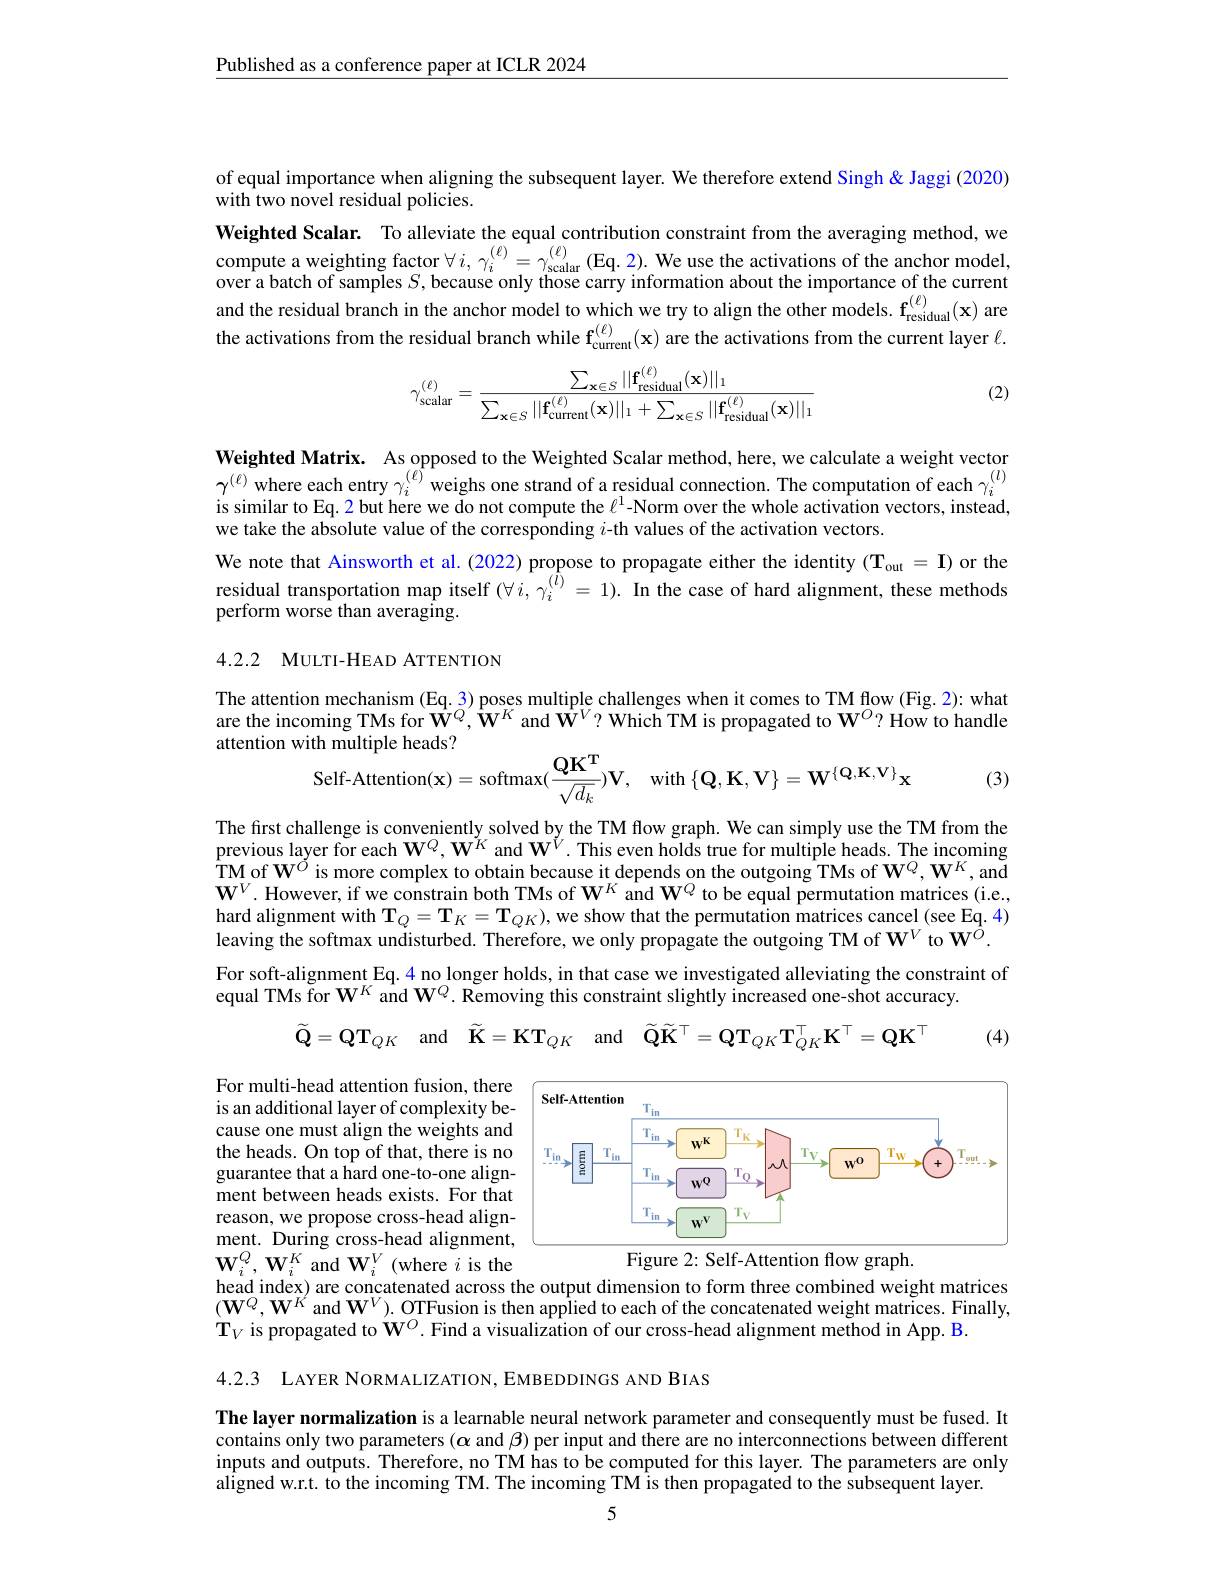
$\underline{\text{Published as a conference paper at ICLR 2024}}$

of equal importance when aligning the subsequent layer. We therefore extend Singh & Jaggi (2020)
$\hat{\text{with two novel residual policies.}}$
$\textbf{Weighted Scalar. To alleviate the equal contribution constraint from the averaging method, we}$ compute a weighting factor $\forall i, \gamma _{i}^{( \ell ) }= \gamma _{\text{scalar}}^{( \ell ) }($Eq. 2) . $We use the activations of the anchor model$, var abtoh of amals S boralu thorra over a batch of samples $S$, because only those carry information about the importance of the current and the residual branch in the anchor model to which we try to align the other models. $\mathbf{f} _{\mathrm{residual}}^{( \ell ) }( \mathbf{x} )$ are the activations from the residual branch while $\mathbf{f} _{\mathrm{current}}^{( \ell ) }( \mathbf{x} )$ are the activations from the current layer $\ell.$

(2)
$$\gamma_{\mathrm{scalar}}^{(\ell)}=\frac{\sum_{\mathbf{x}\in S}||\mathbf{f}_{\mathrm{residual}}^{(\ell)}(\mathbf{x})||_{1}}{\sum_{\mathbf{x}\in S}||\mathbf{f}_{\mathrm{current}}^{(\ell)}(\mathbf{x})||_{1}+\sum_{\mathbf{x}\in S}||\mathbf{f}_{\mathrm{residual}}^{(\ell)}(\mathbf{x})||_{1}}$$
Weighted Matrix. As opposed to the Weighted Scalar method, here, we calculate a weight vector $\gamma^{(\ell)}$where each entry $\gamma_i^{(\ell)}$ weighs one strand of a residual connection. The computation of each $\gamma_i^{(l)}$is similar to Eq. 2 but here we do not compute the $\ell^1$-Norm over the whole activation vectors, instead, we take the absolute value of the corresponding $i$-th values of the activation vectors.
We note that Ainsworth et al.(2022) propose to propagate either the identity (T$_{\mathrm{out}}= \mathbf{I} )$ or the residual transportation map itself $(\forall i,\gamma_{i}^{(\hat{l})}=1).$ In the case of hard alignment, these methods perform worse than averaging.

## 4.2.2 MULTI-HEAD ATTENTION

The attention mechanism (Eq.3) poses multiple challenges when it comes to TM flow (Fig. 2): what are the incoming TMs for $\mathbf{W}^Q,\mathbf{W}^K$ and $\mathbf{W}^V?$ Which TM is propagated to $\mathbf{W}^O?$ How to handle attention with multiple heads?
$$\begin{aligned}&\text{iun inuupic ncaus:}\\&\text{Self-Attention}(\mathbf{x})=\mathrm{softmax}(\frac{\mathbf{QK^{T}}}{\sqrt{d_{k}}})\mathbf{V},\quad\mathrm{with}\:\{\mathbf{Q},\mathbf{K},\mathbf{V}\}=\mathbf{W}^{\{\mathbf{Q},\mathbf{K},\mathbf{V}\}}\mathbf{x}\end{aligned}$$
(3)

The first challenge is conveniently solved by the TM flow graph. We can simply use the TM from the previous layer for each $\mathbf{W}^Q,\mathbf{W}^K$ and $\mathbf{W}^V.$ This even holds true for multiple heads. The incoming $\mathop{\mathrm{TM~of~W}}^{\acute{O}}$ is more complex to obtain because it depends on the outgoing TMs of $\mathbf{W}^{Q},\mathbf{W}^{K}$,and $\mathbf{W}^{V}.$ However, if we constrain both TMs of $\mathbf{W}^K$ and $\mathbf{W}^Q$ to be equal permutation matrices (i.e., $\text{hard alignment with T}_{Q}= \mathbf{T} _{K}= \mathbf{T} _{QK}) $,we show that the permutation matrices cancel ( see Eq. 4) leaving the softmax undisturbed. Therefore, we only propagate the outgoing TM of $\mathbf{W} ^{V}\mathrm{~to~W}^{O}.$ For soft-alignment Eq. 4 no longer holds, in that case we investigated alleviating the constraint of equal TMs for $\mathbf{W}^{K}$ and $\mathbf{W}^{Q}.$ Removing this constraint slightly increased one-shot accuracy.
$$\widetilde{\mathbf{Q}}=\mathbf{QT}_{QK}\quad\mathrm{and}\quad\widetilde{\mathbf{K}}=\mathbf{KT}_{QK}\quad\mathrm{and}\quad\widetilde{\mathbf{Q}}\widetilde{\mathbf{K}}^\top=\mathbf{QT}_{QK}\mathbf{T}_{QK}^\top\mathbf{K}^\top=\mathbf{QK}^\top $$
(4)

<FigureHere>

For multi-head attention fusion, there is an additional layer of complexity because one must align the weights and the heads. On top of that, there is no guarantee that a hard one-to-one alignment between heads exists. For that reason, we propose cross-head alignment. During cross-head alignment, $\mathbf{W}_{i}^{Q},\mathbf{W}_{i}^{K}$ and $\mathbf{W}_{i}^{V}$ (where $i$ is the head index) are concatenated across the output dimension to form three combined weight matrices

Figure 2: Self-Attention flow graph.

$(\mathbf{W}^Q,\mathbf{W}^K$ and $\mathbf{W}^V).$ OTFusion is then applied to each of the concatenated weight matrices. Finally,
$\mathbf{T}_V$ is propagated to $\mathbf{W}^O.$ Find a visualization of our cross-head alignment method in App. B.

4.2.3 LAYER NORMALIZATION, EMBEDDINGS AND BIAS

The layer normalization is a learnable neural network parameter and consequently must be fused. It contains only two parameters $(\alpha$ and $\beta)$ per input and there are no interconnections between different inputs and outputs. Therefore, no TM has to be computed for this layer. The parameters are only aligned w.r.t. to the incoming TM. The incoming TM is then propagated to the subsequent layer.

5